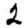
Digit: 2